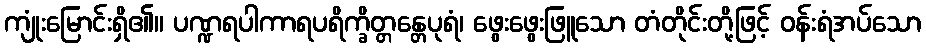
ကျုံးမြောင်းရှိ၏။ ပဏ္ဍရပါကာရပရိက္ခိတ္တန္တေပုရံ၊ ဖွေးဖွေးဖြူသော တံတိုင်းတို့ဖြင့် ဝန်းရံအပ်သော